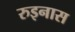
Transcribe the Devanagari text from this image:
रुइनास